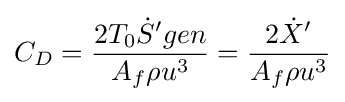
C_{D}={\frac {2T_{0}{\dot {S}}'gen}{A_{f}\rho u^{3}}}={\frac {2{\dot {X}}'}{A_{f}\rho u^{3}}}